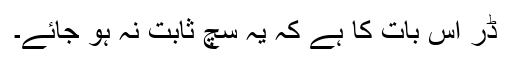
ڈر اس بات کا ہے کہ یہ سچ ثابت نہ ہو جائے۔